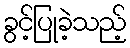
ခွင့်ပြုခဲ့သည့်